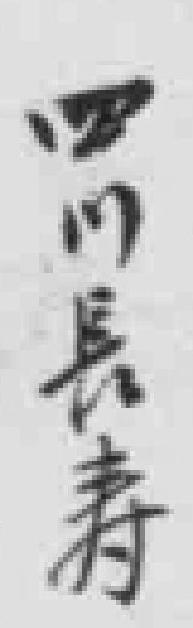
四川長寿